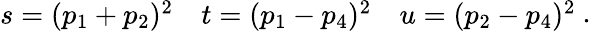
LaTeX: \begin{array}{lll}{{s=(p_{1}+p_{2})^{2}}}&{{t=(p_{1}-p_{4})^{2}}}&{{u=(p_{2}-p_{4})^{2}}}\end{array}\ .